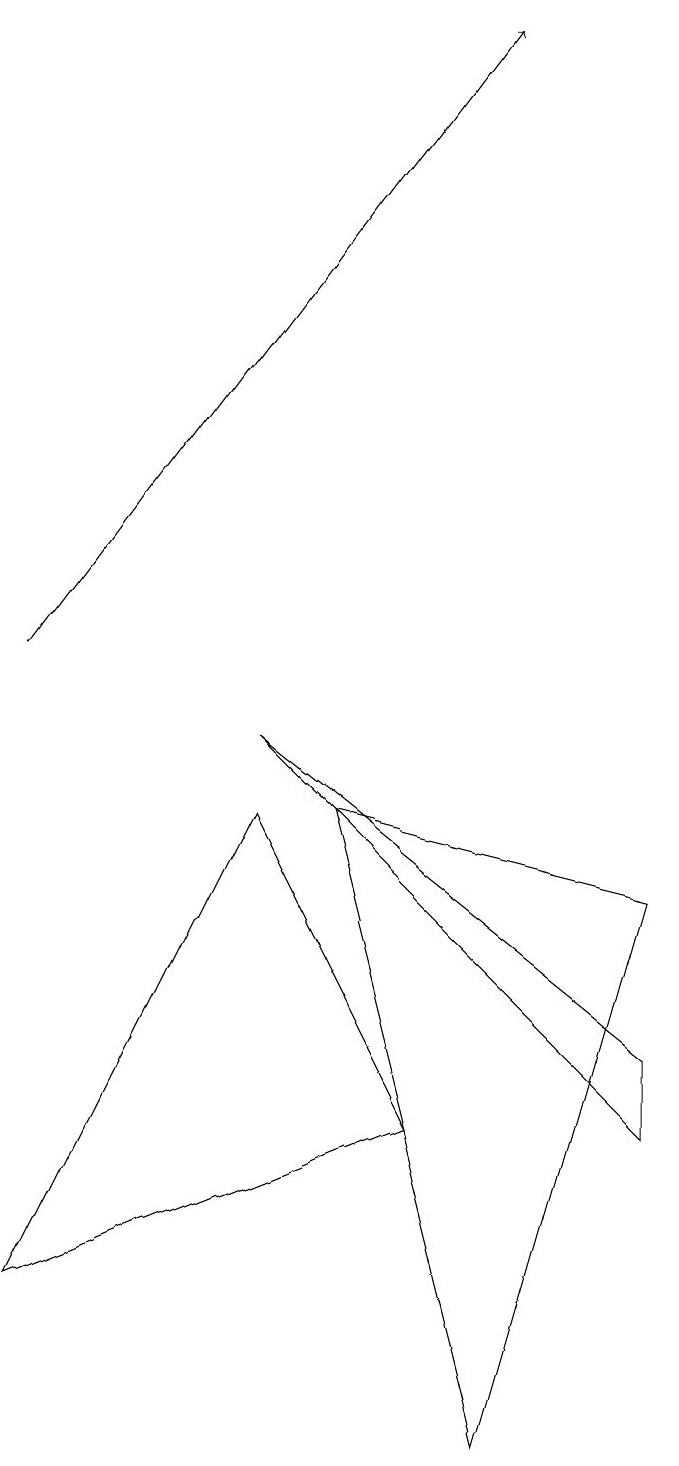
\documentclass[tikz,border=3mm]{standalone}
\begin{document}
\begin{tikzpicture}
\draw[->] (0,10) -- (6,18);
\draw (8,4) -- (3,9) -- (8,5) -- cycle;
\draw (8,7) -- (4,8) -- (6,0) -- cycle;
\draw (5,4) -- (3,8) -- (0,2) -- cycle;
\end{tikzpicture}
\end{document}